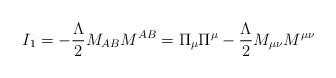
LaTeX: \begin{align*}I_1 = - \frac{\Lambda}{2} M_{AB} M^{AB} = \Pi_{\mu} \Pi^{\mu} -\frac{\Lambda}{2} M_{\mu \nu} M^{\mu \nu}\end{align*}